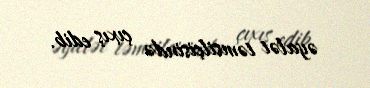
əyalət təmsilçisində çıxış edib.